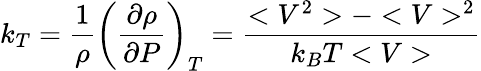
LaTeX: k_{T}=\frac{1}{\rho}\left(\frac{\partial\rho}{\partial P}\right)_{T}=\frac{<V^{2}>-<V>^{2}}{k_{B}T<V>}